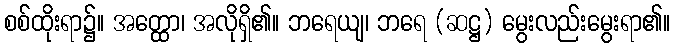
စစ်ထိုးရာ၌။ အတ္ထော၊ အလိုရှိ၏။ ဘရေယျ၊ ဘရေ (ဆဋ္ဌ) မွေးလည်းမွေးရာ၏။